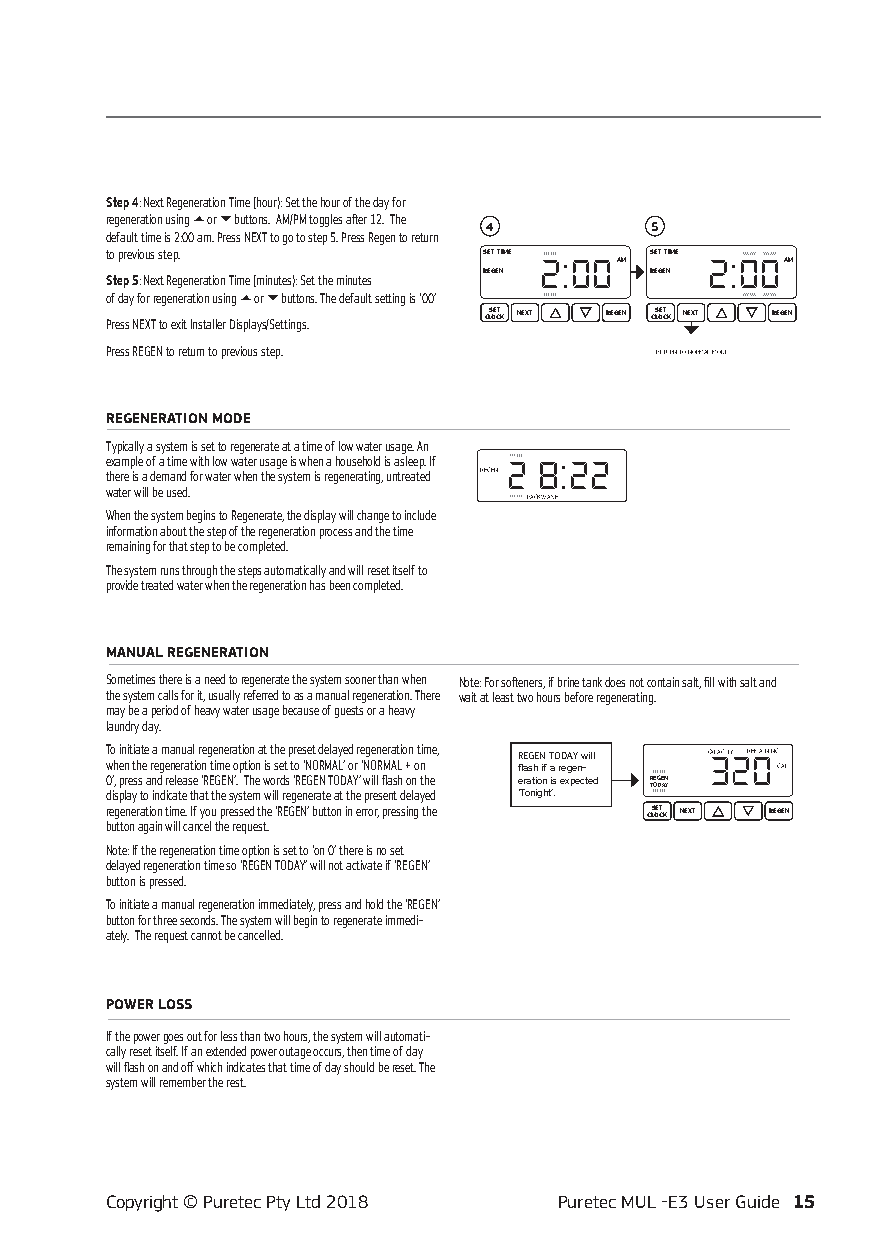
Step 4: Next Regeneration Time (hour): Set the hour of the day for
 regeneration using ▲ or ▼ buttons. AM/PM toggles after 12. The
 4          5
 default time is 2:00 am. Press NEXT to go to step 5. Press Regen to return
 to previous step.        SET TIME   SET TIME
 AM         AM
 Step 5: Next Regeneration Time (minutes): Set the minutes REGEN REGEN
 of day for regeneration using ▲ or ▼ buttons. The default setting is ‘00’
 Press NEXT to exit Installer Displays/Settings. CLS OE CT K NEXT REGEN CLS OE CT K NEXT REGEN
 Press REGEN to return to previous step. RETURN TO NORMAL MODE
 REGENERATION MODE
 Typically a system is set to regenerate at a time of low water usage. An
 example of a time with low water usage is when a household is asleep. If
 there is a demand for water when the system is regenerating, untreated REGEN
 water will be used.
 BACKWASH
 When the system begins to Regenerate, the display will change to include
 information about the step of the regeneration process and the time
 remaining for that step to be completed.
 The system runs through the steps automatically and will reset itself to
 provide treated water when the regeneration has been completed.
 MANUAL REGENERATION
 Sometimes there is a need to regenerate the system sooner than when Note: For softeners, if brine tank does not contain salt, fill with salt and
 the system calls for it, usually referred to as a manual regeneration. There wait at least two hours before regenerating.
 may be a period of heavy water usage because of guests or a heavy
 laundry day.
 To initiate a manual regeneration at the preset delayed regeneration time, REGEN TODAY will CAPACITY REMAINING
 when the regeneration time option is set to ‘NORMAL’ or ‘NORMAL + on flash if a regen- GAL
 0’, press and release ‘REGEN’. The words ‘REGEN TODAY’ will flash on the eration is expected R TOEG DE AN Y
 display to indicate that the system will regenerate at the present delayed ‘Tonight’.
 regeneration time. If you pressed the ‘REGEN’ button in error, pressing the CLS OE CT K NEXT REGEN
 button again will cancel the request.
 Note: If the regeneration time option is set to ‘on 0’ there is no set
 delayed regeneration time so ‘REGEN TODAY’ will not activate if ‘REGEN’
 button is pressed.
 To initiate a manual regeneration immediately, press and hold the ‘REGEN’
 button for three seconds. The system will begin to regenerate immedi-
 ately. The request cannot be cancelled.
 POWER LOSS
 If the power goes out for less than two hours, the system will automati-
 cally reset itself. If an extended power outage occurs, then time of day
 will flash on and off which indicates that time of day should be reset. The
 system will remember the rest.
 Copyright © Puretec Pty Ltd 2018 Puretec MUL -E3 User Guide 15